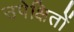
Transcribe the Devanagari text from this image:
उपेक्षितों